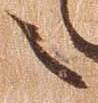
之